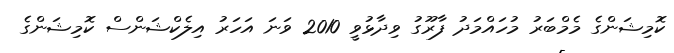
ކޮމިޝަންގެ މެމްބަރު މުހައްމަދު ފާރޫގު ވިދާޅުވީ 2010 ވަނަ އަހަރު އިލެކްޝަންސް ކޮމިޝަންގެ